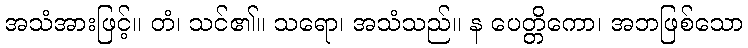
အသံအားဖြင့်။ တံ၊ သင်၏။ သရော၊ အသံသည်။ န ပေတ္တိကော၊ အဘဖြစ်သော